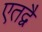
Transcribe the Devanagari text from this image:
एतद्वै